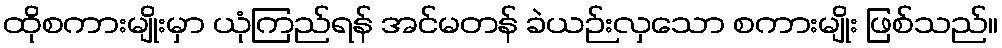
ထိုစကားမျိုးမှာ ယုံကြည်ရန် အင်မတန် ခဲယဉ်းလှသော စကားမျိုး ဖြစ်သည်။